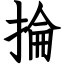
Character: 掄